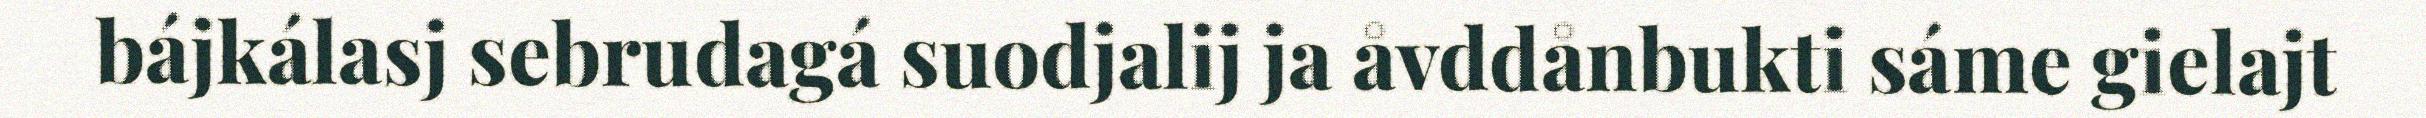
bájkálasj sebrudagá suodjalij ja åvddånbukti sáme gielajt